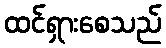
ထင်ရှားစေသည်